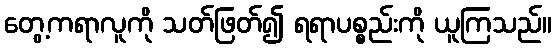
တွေ့ကရာလူကို သတ်ဖြတ်၍ ရရာပစ္စည်းကို ယူကြသည်။